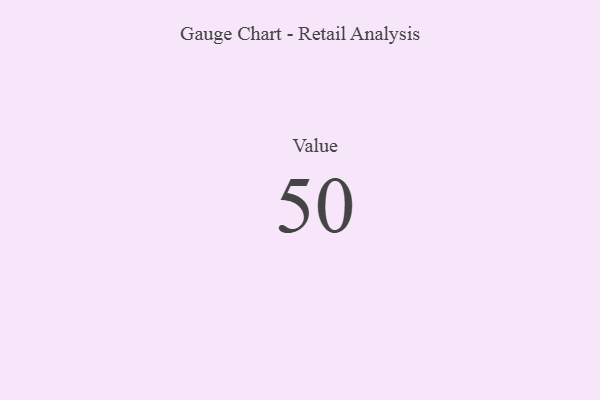
{"axis": {"x": "Metric", "y": "Value"}, "legend": [""], "data": [{"x": "Value", "y": 50, "type": ""}]}